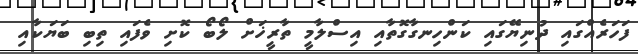
ފަހަރެއްގައި ދުނިޔޭގައި ކަންހިނގާގޮތާއި އިސްލާމީ ތާރީޚަށް ލޯބޯ ކޮށި ވެފައި ތިބި ބަޔަކާއި